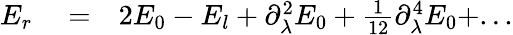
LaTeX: \begin{array}{rlr}{E_{r}}&{{}=}&{2E_{0}-E_{l}+\partial_{\lambda}^{2}E_{0}+\frac{1}{12}\partial_{\lambda}^{4}E_{0}+...}\end{array}